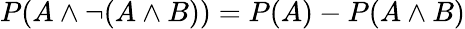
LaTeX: P(A\land\neg(A\land B))=P(A)-P(A\land B)